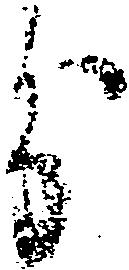
分